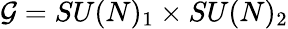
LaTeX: {\cal G}=SU(N)_{1}\times SU(N)_{2}